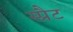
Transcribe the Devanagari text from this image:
स्प्रैट